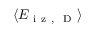
\langle E _ { \mathrm { ~ i ~ z ~ , ~ } \mathrm { ~ D ~ } } \rangle